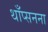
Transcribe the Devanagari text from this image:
थाँप्सनना